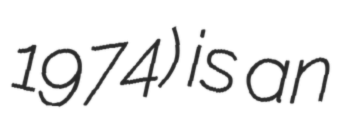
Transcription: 1974) is an